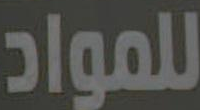
للمواد